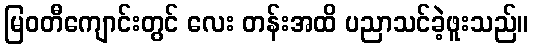
မြဝတီကျောင်းတွင် လေး တန်းအထိ ပညာသင်ခဲ့ဖူးသည်။